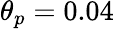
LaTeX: \theta_{p}=0.04